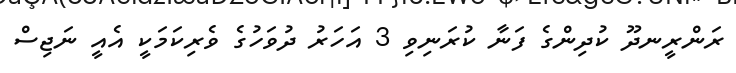
ރަންރީނދޫ ކުދިންގެ ފަނާ ކުރަނިވި 3 އަހަރު ދުވަހުގެ ވެރިކަމަކީ އެއީ ނަޖިސް